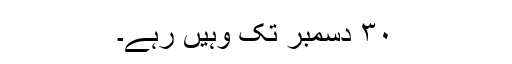
٣٠ دسمبر تک وہیں رہے۔